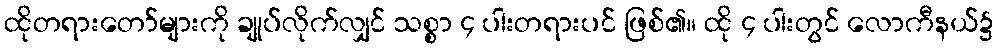
ထိုတရားတော်များကို ချုပ်လိုက်လျှင် သစ္စာ ၄ ပါးတရားပင် ဖြစ်၏။ ထို ၄ ပါးတွင် လောကီနယ်၌